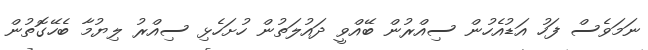
ނަމަވެސް ފަހު އަޑުއެހުން ސިއްރުން ބޭއްވީ ދައުލަތުން ހުށަހެޅި ސިއްރު ލިޔުމާ ބެހޭގޮތުން